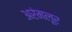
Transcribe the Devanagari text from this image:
अरंमलूर